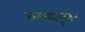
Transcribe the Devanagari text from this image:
कमळापूरकर